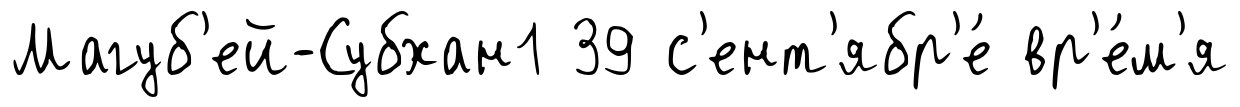
Магуб'ей-Субхан1 39 с'ент'ябр'е́ вр'е́м'я